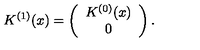
K ^ { ( 1 ) } ( x ) = \left( \begin{array} { c } { K ^ { ( 0 ) } ( x ) } \\ { 0 } \\ \end{array} \right) .